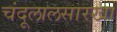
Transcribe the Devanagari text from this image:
चंदूलालसारखा